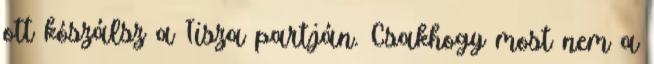
ott kószálsz a Tisza partján. Csakhogy most nem a